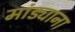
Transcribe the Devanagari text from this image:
मांड्याना